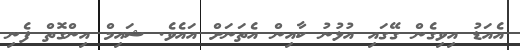
އެއަޑު އިވިގެން ގޭގައި އުޅުނު ކާއިން އެތަނަށް އައެވެ. ޝައިމް އިންގޮތް ފެނި